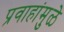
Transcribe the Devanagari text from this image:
प्रवाहांमुळे